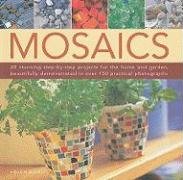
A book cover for Mosaics: 20 stunning step-by-step projects for  the home and garden, shown in 150 clear and colourful photographs; Helen Baird; Arts & Photography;